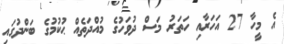
އެ މީހާ 27 އަހަރާއި ހަތަރު މަސް ދުވަހުގެ މުއްދަތެއް ޙުކުމުގެ ބަންދުގައި